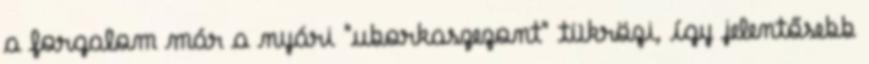
a forgalom már a nyári "uborkaszezont" tükrözi, így jelentősebb